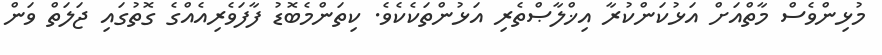
މުޅިންވެސް މާތްއަށް އަޅުކަންކުރާ އިޚްލާޞްތެރި އަޅުންތަކެކެވެ. ކިތަންމެބޮޑު ފާފަވެރިއެއްގެ ގޮތުގައި ޖަލަތް ވަން